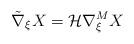
LaTeX: \begin{align*} \tilde{\nabla}_{\xi}X = \mathcal{H}\nabla^M_{\xi}X \end{align*}